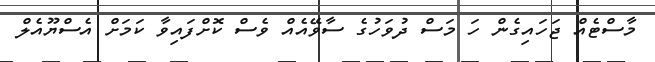
މާސްޓެއް ޖަހައިގެން ހަ މަސް ދުވަހުގެ ސާވޭއެއް ވެސް ކޮށްފައިވާ ކަމަށް އެސްޔޫއެލް